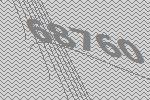
68760